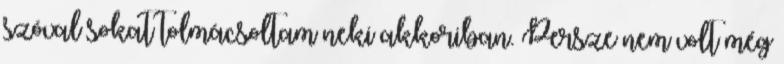
szóval sokat tolmácsoltam neki akkoriban. Persze nem volt még